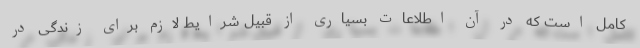
کامل است که در آن اطلاعات بسیاری از قبیل شرایط لازم برای زندگی در